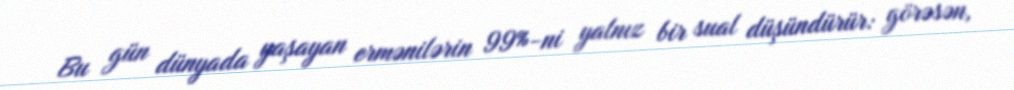
Bu gün dünyada yaşayan ermənilərin 99%-ni yalnız bir sual düşündürür: görəsən,